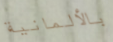
بالألمانية